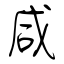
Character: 咸